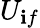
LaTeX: U_{\mathbf{i}f}